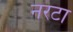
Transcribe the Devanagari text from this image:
नरटा